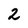
Character: 2